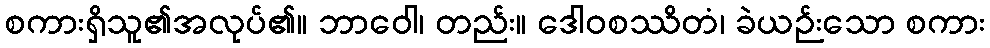
စကားရှိသူ၏အလုပ်၏။ ဘာဝေါ၊ တည်း။ ဒေါဝစဿိတံ၊ ခဲယဉ်းသော စကား